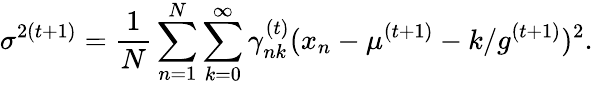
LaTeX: \sigma^{2(t+1)}=\frac{1}{N}\sum_{n=1}^{N}\sum_{k=0}^{\infty}\gamma_{nk}^{(t)}(x_{n}-\mu^{(t+1)}-k/g^{(t+1)})^{2}.